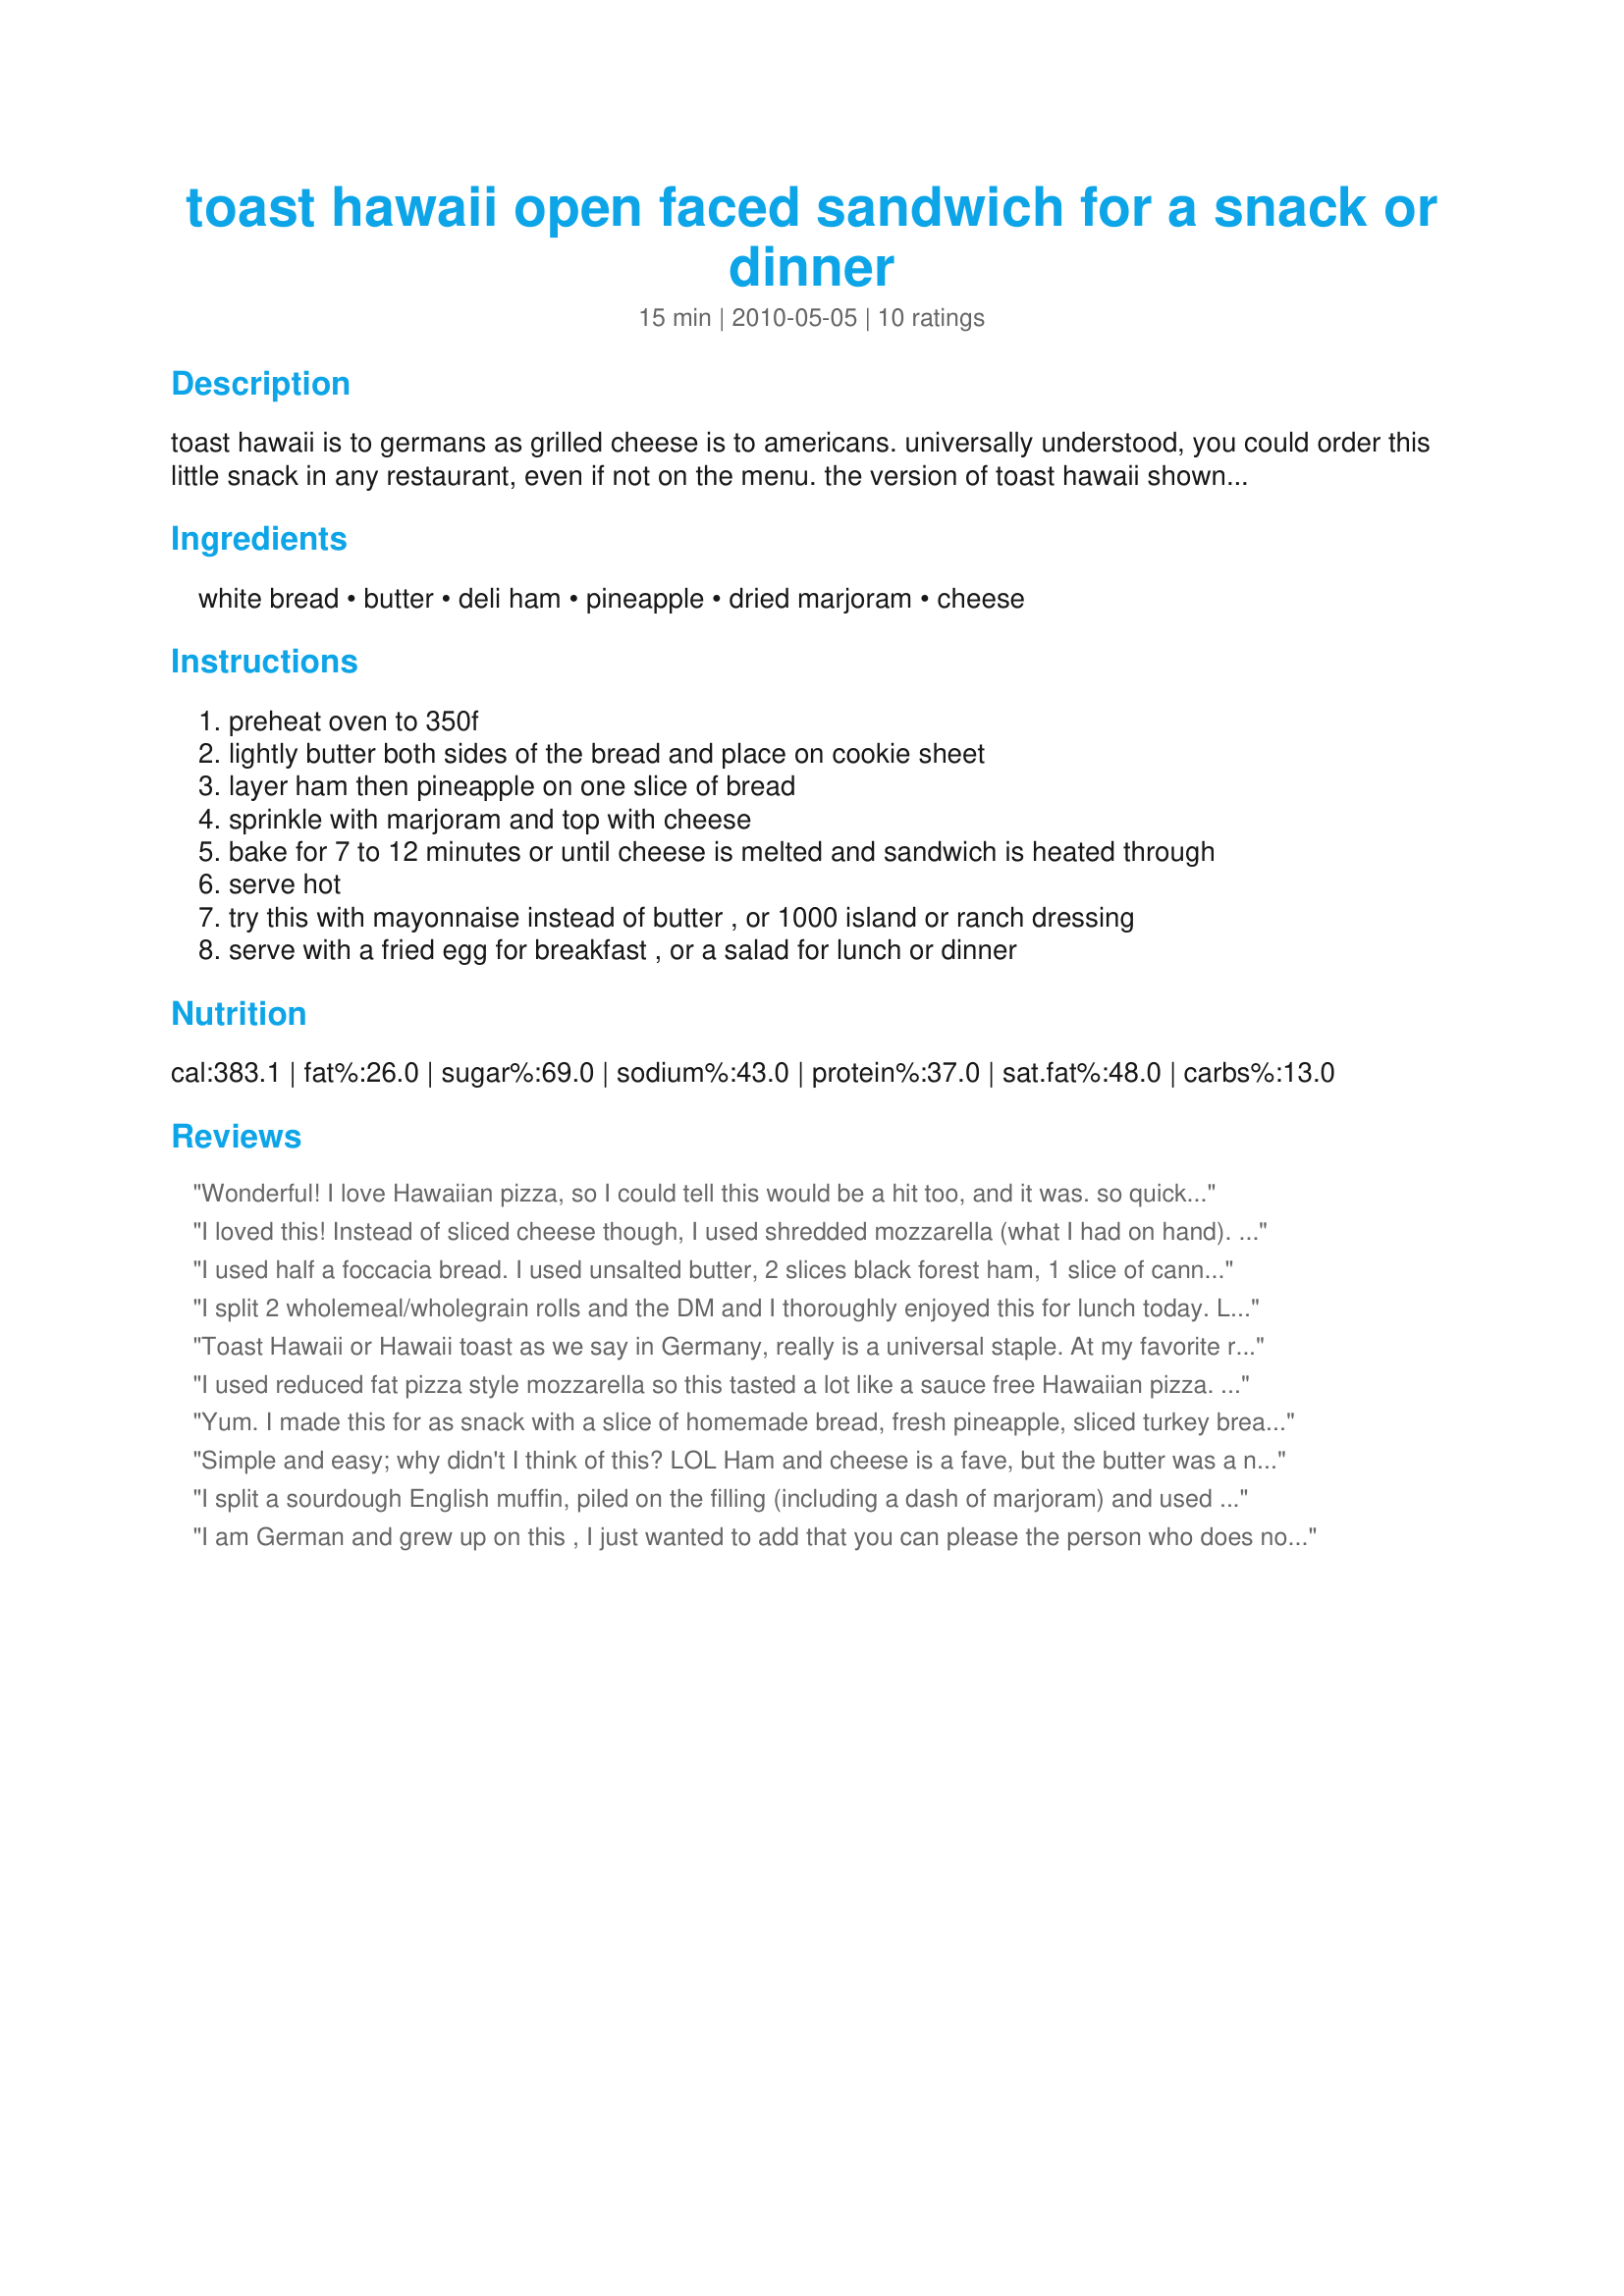
toast hawaii open faced sandwich for a snack or dinner
Preparation time: 15 minutes

toast hawaii is to germans as grilled cheese is to americans. universally understood, you could order this little snack in any restaurant, even if not on the menu. the version of toast hawaii shown here can be dressed up if you wish, but it is tasty plain, too. serves as many as you want. count on one or two sandwiches per person. from about.com and posted for zwt6.

Ingredients:
white bread, butter, deli ham, pineapple, dried marjoram, cheese

Steps:
preheat oven to 350f
lightly butter both sides of the bread and place on cookie sheet
layer ham then pineapple on one slice of bread
sprinkle with marjoram and top with cheese
bake for 7 to 12 minutes or until cheese is melted and sandwich is heated through
serve hot
try this with mayonnaise instead of butter , or 1000 island or ranch dressing
serve with a fried egg for breakfast , or a salad for lunch or dinner

Reviews:
Wonderful! I love Hawaiian pizza, so I could tell this would be a hit too, and it was. so quick and easy to prepare too. I used the butter this time, but plan to try some of the other suggested sauces in the future too. Thanks for sharing! ZWT6
I loved this! Instead of sliced cheese though, I used shredded mozzarella (what I had on hand). Is very similar (as other reviewers have stated) to a Hawaiian pizza without the sauce. Would also be good on an English Muffin :)
I used half a foccacia bread. I used unsalted butter, 2 slices black forest ham, 1 slice of canned pineapple. I omitted the marjoram cause I made it for my son. I used part skim mozzarella on top. I let it in the oven for 12 minutes. My son liked it but didn't finish it so I was able to taste it and it was so yummy. I'll have to do it for myself. (I only got 1 slice left of pineapple, that's why he was the lucky one LOL). Thanks FloridaNative :) Made for the Zwizzle Chicks of ZWT
I split 2 wholemeal/wholegrain rolls and the DM and I thoroughly enjoyed this for lunch today. Loved biting through the sharp cheddar cheese I used with the sweetness from the pineapple and that slight smoky salty taste of the ham with the soft warmth of the bread roll and that little punch from the herbs - delicious. Thank you FloridaNative for a great lunch and Alligirl for the recommomendation - made for I Recommend.
Toast Hawaii or Hawaii toast as we say in Germany, really is a universal staple. At my favorite restaurant in Germany they used a bit of yellow mustard to give it a bit of a zing. It's great either way.
I used reduced fat pizza style mozzarella so this tasted a lot like a sauce free Hawaiian pizza. It was a really nice change up from the normal lunch sandwich. Made for Zee Zany Zesty Cookz for the Family Picks portion of ZWT 6.
Yum. I made this for as snack with a slice of homemade bread, fresh pineapple, sliced turkey breast and manchego cheese. The marjoram adds a special touch. I didn't make it in the oven, just used a skillet to toast the bread, then I assembled the sandwich and covered it. It only took a couple of minutes to melt the cheese. Thank you FloridaNative! Made for the Swizzle Chicks and ZWT 6.
Simple and easy; why didn't I think of this? LOL Ham and cheese is a fave, but the butter was a nice understated nuance. The pineapple just ups the WOW factor; I'll certainly be making this again, probably soon! Thanks for sharing, FloridaNative. Made for ZWT 6.
I split a sourdough English muffin, piled on the filling (including a dash of marjoram) and used muenster cheese, closed the muffin and quickly heated in the George Foreman grill. Loved the flavor and enjoyed this for my evening snack! Thanks for posting Kitty and thanks to Boomie's review which prompted me to make this! Made for I Recommend Tag,
I am German and grew up on this , I just wanted to add that you can please the person who does not like cheese and pineapple...like my Italian husband ,making Toast Hawaii by switching out the pineapple with fresh slices of tomato .You could even switch out the ham with pepperoni or salami, I prefer salami, we used to make this in Germany and called it Pizzabrot.
